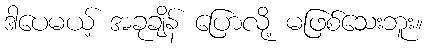
ဒါပေမယ့် အခုချိန် ပြောလို့ မဖြစ်သေးဘူး။